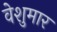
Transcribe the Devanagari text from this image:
वेशुमार